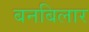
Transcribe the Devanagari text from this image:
बनबिलार